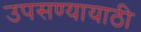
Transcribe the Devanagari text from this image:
उपसण्यायाठी